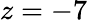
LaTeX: z=-7